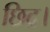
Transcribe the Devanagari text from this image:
छिद्र।